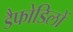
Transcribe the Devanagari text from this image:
डैफोडिलों